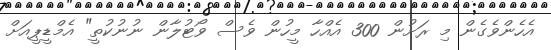
އެހެންވެގެން މި ރަށުން 300 އެއްހާ މީހުން ވެސް ވޯޓުލާން ނުނުކުތީ" އެމްޑީޕީއަށް